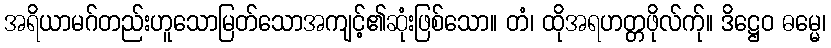
အရိယာမဂ်တည်းဟူသောမြတ်သောအကျင့်၏ဆုံးဖြစ်သော။ တံ၊ ထိုအရဟတ္တဖိုလ်က်ု။ ဒိဋ္ဌေဝ ဓမ္မေ၊